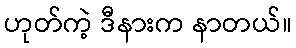
ဟုတ်ကဲ့ ဒီနားက နာတယ်။